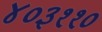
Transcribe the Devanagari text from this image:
४०३११०